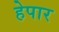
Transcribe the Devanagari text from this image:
हेपार